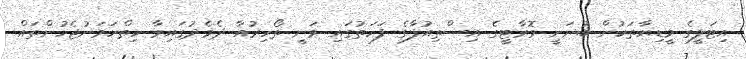
އިޓަލީގެ މީޑިޔާތަކުން ބުނަނީ މޮރާޓީގެ އިސްތިއުފާގެ ފަހަތުގައި ވަނީ ތޯހިރުއާ ދެމެދުގައިވާ ހިތްހަމަނުޖެހުންތައް